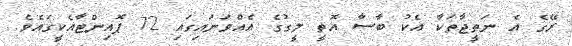
ރޭގެ އެ ނަތީޖާތަކާ އެކު ބާސާ އޮތީ ލީގުގެ އެއްވަނައިގައި 72 ޕޮއިންޓާއެކީގައެވެ.